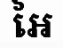
អៃ